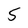
Character: 5